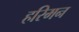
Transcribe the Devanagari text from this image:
हरिमन